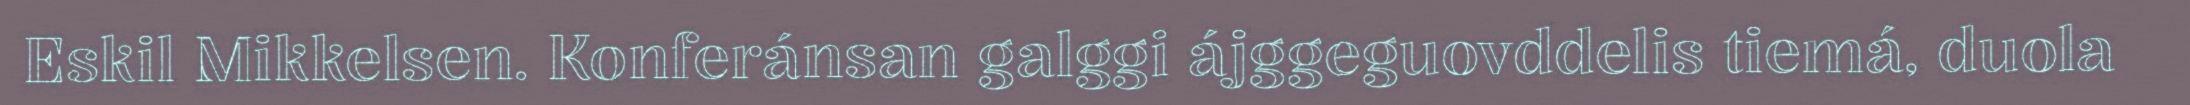
Eskil Mikkelsen. Konferánsan galggi ájggeguovddelis tiemá, duola